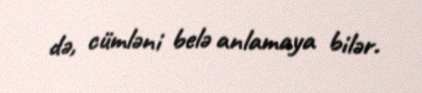
də, cümləni belə anlamaya bilər.